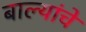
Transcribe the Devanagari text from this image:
बाल्यांचे